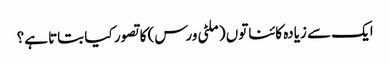
ایک سے زیادہ کائناتوں (ملٹی ورس) کا تصور کیا بتاتا ہے؟